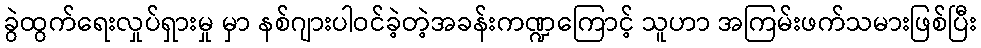
ခွဲထွက်ရေးလှုပ်ရှားမှု မှာ နစ်ဂျားပါဝင်ခဲ့တဲ့အခန်းကဏ္ဍကြောင့် သူဟာ အကြမ်းဖက်သမားဖြစ်ပြီး